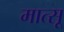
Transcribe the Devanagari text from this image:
मात्सू